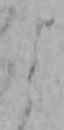
よ